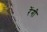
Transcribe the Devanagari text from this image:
रेंगी